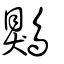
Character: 鶪